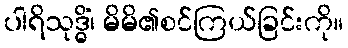
ပါရိသုဒ္ဓိံ၊ မိမိ၏စင်ကြယ်ခြင်းကို။